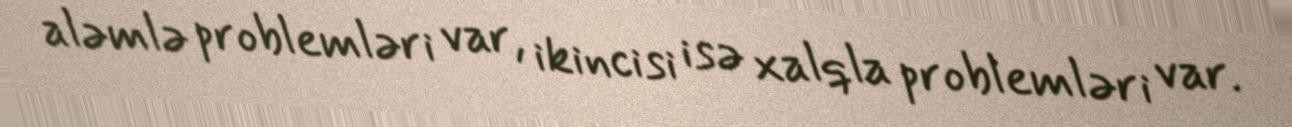
aləmlə problemləri var, ikincisi isə xalqla problemləri var.